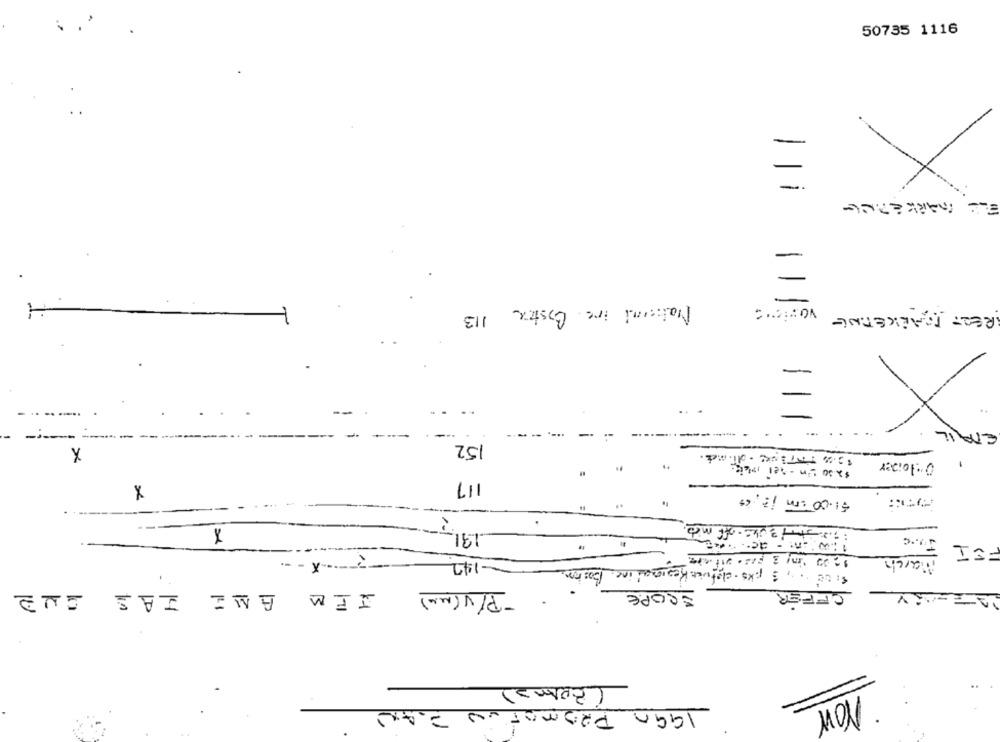
50735 1116
1
ELE MARKETING
=
Natoni inc. Cystex 113
RECT MARKETING VONICS
EMAIL
152
O:Joner
117
X
$1.00 cr 12, "
first Boks off meb.
-
191
FOI
March
-142
8:08 , 1 pks. clique Regional inc. Boston
JEM AMI JAS OND
- P/ V(MM)
SCOPE
OFFER
(BRAMa)
NOW
1990 PROmotUN PLAN